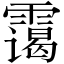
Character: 霭